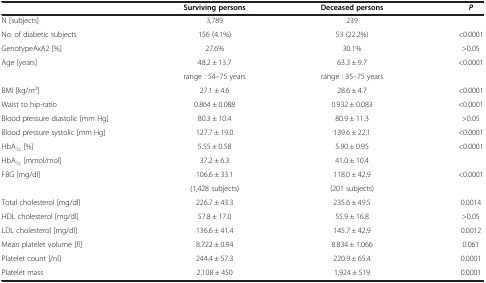
|  | Surviving persons | Deceased persons | P |
 | --- | --- | --- | --- |
 | N [subjects] | 3,789 | 239 |  |
 | No. of diabetic subjects | 156 (4.1%) | 53 (22.2%) | <0.0001 |
 | GenotypeAxA2 [%] | 27.6% | 30.1% | >0.05 |
 | Age [years] | 48.2 ± 13.7 | 63.3 ± 9.7 | <0.0001 |
 |  | range : 54–75 years | range : 35–75 years |  |
 | BMI [kg/m2] | 27.1 ± 4.6 | 28.6 ± 4.7 | <0.0001 |
 | Waist to hip-ratio | 0.864 ± 0.088 | 0.932 ± 0.083 | <0.0001 |
 | Blood pressure diastolic [mm Hg] | 80.3 ± 10.4 | 80.9 ± 11.3 | >0.05 |
 | Blood pressure systolic [mm Hg] | 127.7 ± 19.0 | 139.6 ± 22.1 | <0.0001 |
 | HbA1c [%] | 5.55 ± 0.58 | 5.90 ± 0.95 | <0.0001 |
 | HbA1c [mmol/mol] | 37.2 ± 6.3 | 41.0 ± 10.4 |  |
 | FBG [mg/dl] | 106.6 ± 33.1 | 118.0 ± 42.9 | <0.0001 |
 |  | (1,428 subjects) | (201 subjects) |  |
 | Total cholesterol [mg/dl] | 226.7 ± 43.3 | 235.6 ± 49.5 | 0.0014 |
 | HDL cholesterol [mg/dl] | 57.8 ± 17.0 | 55.9 ± 16.8 | >0.05 |
 | LDL cholesterol [mg/dl] | 136.6 ± 41.4 | 145.7 ± 42.9 | 0.0012 |
 | Mean platelet volume [fl] | 8.722 ± 0.94 | 8.834 ± 1.066 | 0.061 |
 | Platelet count [/nl] | 244.4 ± 57.3 | 220.9 ± 65.4 | 0.0001 |
 | Platelet mass | 2,108 ± 450 | 1,924 ± 519 | 0.0001 |